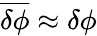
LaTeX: \overline{{\delta\phi}}\approx\delta\phi